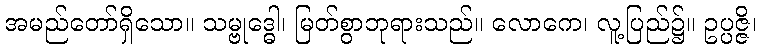
အမည်တော်ရှိသော။ သမ္ဗုဒ္ဓေါ၊ မြတ်စွာဘုရားသည်။ လောကေ၊ လူ့ပြည်၌။ ဥပ္ပဇ္ဇိ၊